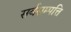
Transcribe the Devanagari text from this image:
सर्वसम्पत्ति